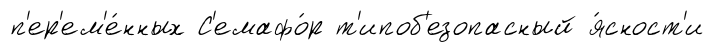
п'ер'ем'е́нных С'емафо́р т'ипоб'езопасный я́сност'и